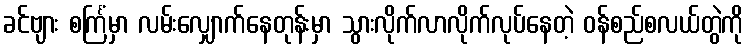
ခင်ဗျား စင်္ကြံမှာ လမ်းလျှောက်နေတုန်းမှာ သွားလိုက်လာလိုက်လုပ်နေတဲ့ ဝန်စည်စလယ်တွဲကို